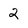
Character: 2